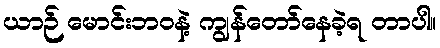
ယာဉ် မောင်းဘဝနဲ့ ကျွန်တော်နေခဲ့ရ တာပါ။